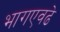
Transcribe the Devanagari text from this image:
भागएवढे